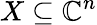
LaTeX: X\subseteq\mathbb{C}^{n}